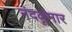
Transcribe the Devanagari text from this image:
नंदकूमार